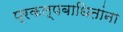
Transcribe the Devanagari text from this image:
प्रकल्पबाधितांना